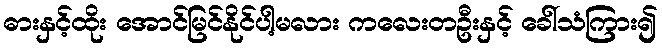
ဓားနှင့်ထိုး အောင်မြင်နိုင်ပါ့မလား ကလေးတဦးနှင့် ခေါ်သံကြား၍